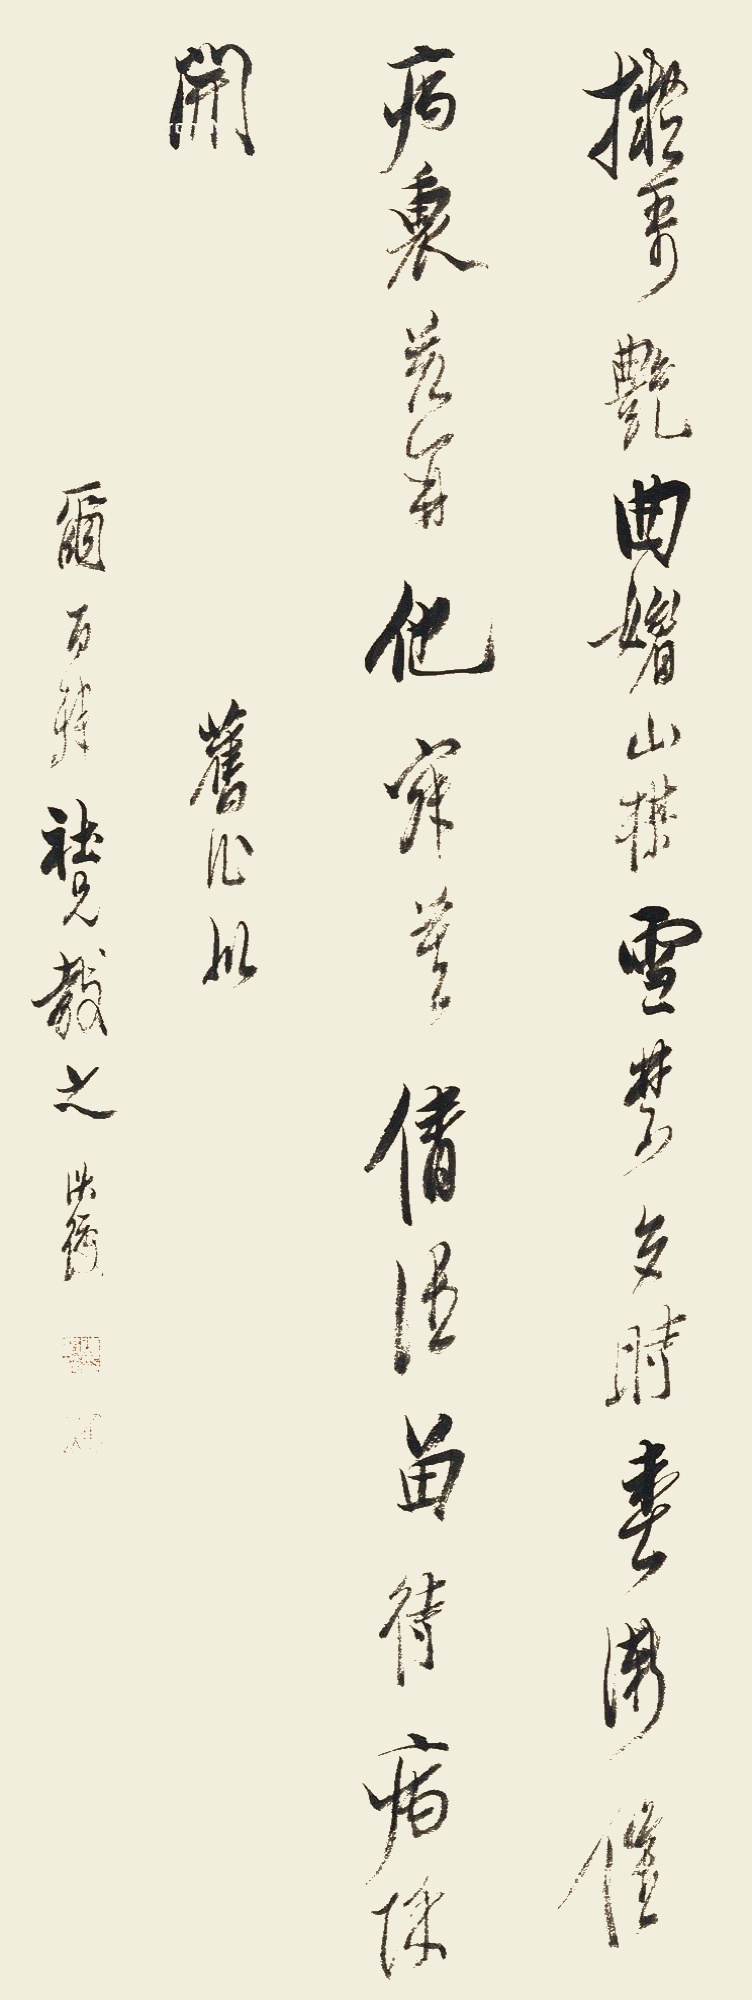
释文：拟哥艳曲媚山梅，雪禁多时春渐催。病里若开他寂寞，倩谁留待病除开。旧作似尔百□社兄教之，洪绶。